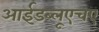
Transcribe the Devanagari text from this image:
आईडब्लूएचए